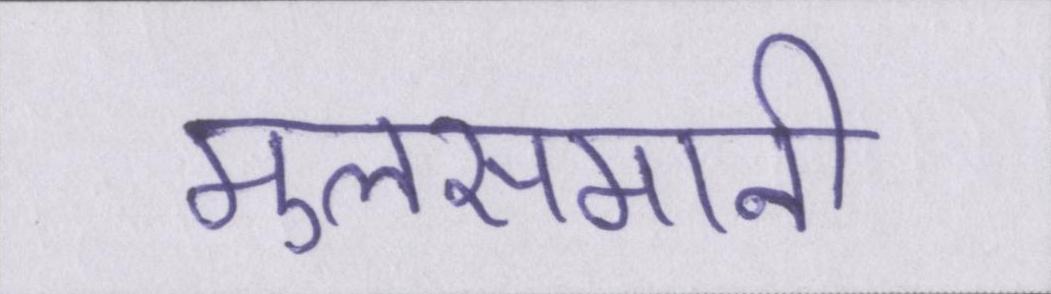
मुलसमानी